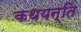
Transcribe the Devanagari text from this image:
कथयन्ति